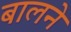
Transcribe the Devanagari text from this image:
बालने